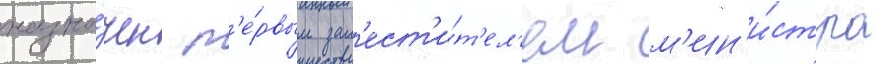
назна́чен п'е́рвым зам'ест'и́т'ел'ем м'ин'и́стра